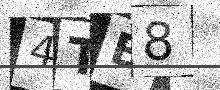
Text: 4TB8